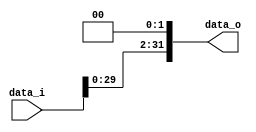
module Shift_Left2 (
  input [31:0] data_i,
  output [31:0] data_o
);

assign data_o = {data_i[29:0], 1'b0, 1'b0};

endmodule